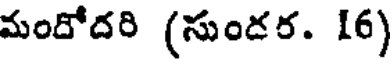
మందోదరి (సుండర. 16)